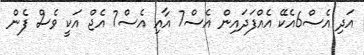
އަދި އެސް6އެކޭ އެއްފަދައިން އެސް7 އާއި އެސް7 އެޖް އަކީ ވެސް ފެން